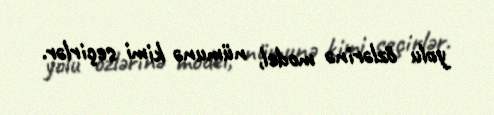
yolu özlərinə model, nümunə kimi seçirlər.